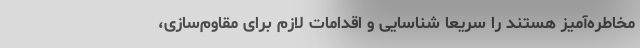
مخاطره‌آمیز هستند را سریعا شناسایی و اقدامات لازم برای مقاوم‌سازی،